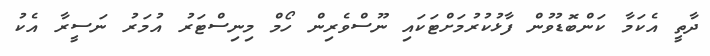
ދާތީ އެކަމާ ކަންބޮޑުވުން ފާޅުކުރުމަށްޓަކައި ނޫސްވެރިން ހޯމް މިނިސްޓަރު އުމަރު ނަސީރާ އެކު